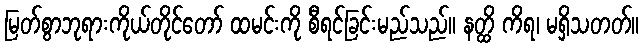
မြတ်စွာဘုရားကိုယ်တိုင်တော် ထမင်းကို စီရင်ခြင်းမည်သည်။ နတ္ထိ ကိရ၊ မရှိသတတ်။